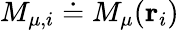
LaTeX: M_{\mu,i}\doteq M_{\mu}({\mathbf r}_{i})